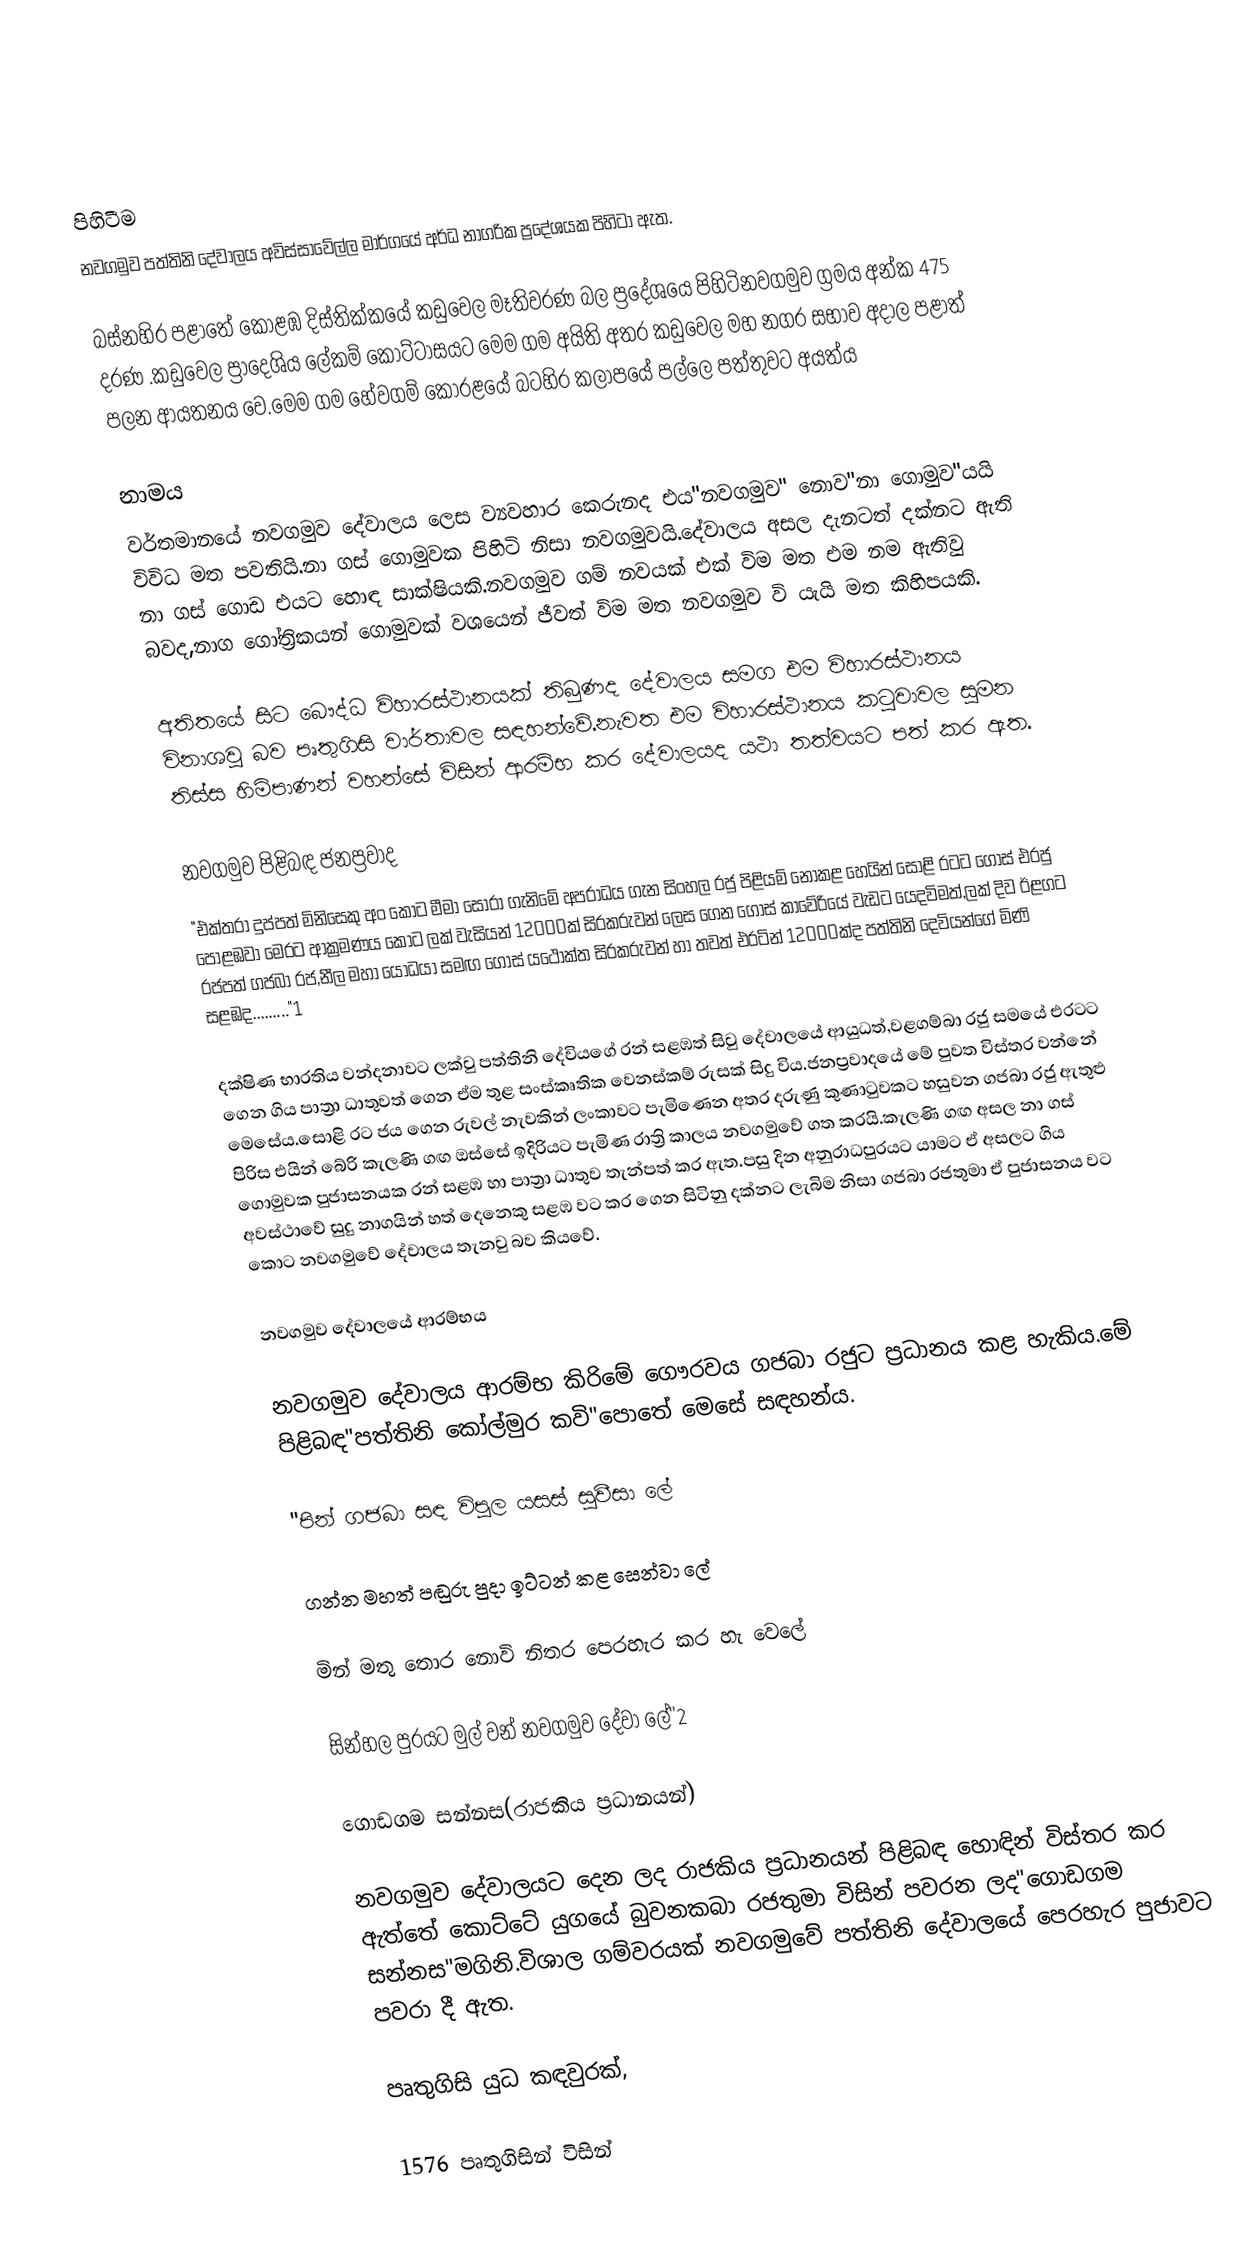

පිහිටීම
නවගමුව පත්තිනි දේවාලය අවිස්සාවේල්ල මාර්ගයේ අර්ධ නාගරික ප්‍රදේශයක පිහිටා ඇත.

බස්නහිර පළාතේ කොළඹ දිස්තික්කයේ කඩුවෙල මෑතිවරණ බල ප්‍රදේශයෙ පිහිටිනවගමුව ග්‍රමය අන්ක 475 දරණ .කඩුවෙල ප්‍රාදෙශිය ලේකම් කොට්ටාසයට මෙම ගම අයිති අතර කඩුවෙල මහ නගර සභාව අදාල පළාත් පලන ආයතනය වෙ.මෙම ගම හේවගම් කෝරළයේ බටහිර කලාපයේ පල්ලෙ පත්තුවට අයත්ය

නාමය
වර්තමානයේ නවගමුව දේවාලය ලෙස ව්‍යවහාර කෙරුනද එය"නවගමුව" නොව"නා ගොමුව"යයි විවිධ මත පවතියි.නා ගස් ගොමුවක පිහිටි නිසා නවගමුවයි.දේවාලය අසල දැනටත් දක්නට ඇති නා ගස් ගොඩ එයට හොඳ සාක්ෂියකි.නවගමුව ගම් නවයක් එක් විම මත එම නම ඇතිවු බවද,නාග ගෝත්‍රිකයන් ගොමුවක් වශයෙන් ජීවත් විම මත නවගමුව වි යැයි මත කිහිපයකි.

අතිතයේ සිට බෞද්ධ විහාරස්ථානයක් තිබුණද දේවාලය සමග එම විහාරස්ථානය විනාශවු බව පෘතුගිසි වාර්තාවල සඳහන්වේ.නැවත එම විහාරස්ථානය කටුවාවල සුමන තිස්ස හිමිපාණන් වහන්සේ විසින් ආරම්භ කර දේවාලයද යථා තත්වයට පත් කර ඇත.

නවගමුව පිළිබඳ ජනප්‍රවාද
"එක්තරා දුප්පත් මිනිසෙකු අං කොට මීමා සොරා ගැනිමේ අපරාධය ගැන සිංහල රජු පිළියම් නොකළ හෙයින් සොළි රටට ගොස් එරජු පොළඹවා මෙරට ආක්‍රමණය කොට ලක් වැසියන් 12000ක් සිරකරුවන් ලෙස ගෙන ගොස් කාවේරියේ වැඩට යෙදවිමත්,ලක් දිව ඊළගට රජපත් ගජබා රජ,නීල මහා යෝධයා සමඟ ගොස් යථොක්ත සිරකරුවන් හා තවත් එරටින් 12000ක්ද පත්තිනි දෙවියන්ගේ මිණි සළඹද........."1

දක්ෂිණ භාරතිය වන්දනාවට ලක්වු පත්තිනි දේවියගේ රන් සළඹත් සිවු දේවාලයේ ආයුධත්,වළගම්බා රජු සමයේ එරටට ගෙන ගිය පාත්‍රා ධාතුවත් ගෙන ඒම තුළ සංස්කෘතික වෙනස්කම් රුසක් සිදු විය.ජනප්‍රවාදයේ මේ පුවත ‍විස්තර වන්නේ මෙසේය.සොළි රට ජය ගෙන රුවල් නැවකින් ලංකාවට පැමිණෙන අතර දරුණු කුණාටුවකට හසුවන ගජබා රජු ඇතුළු පිරිස එයින් බේරි කැලණි ගඟ ඔස්සේ ඉදිරියට පැමිණ රාත්‍රි කාලය නවගමුවේ ගත කරයි.කැලණි ගඟ අසල නා ගස් ගොමුවක පුජාසනයක රන් සළඹ හා පාත්‍රා ධාතුව තැන්පත් කර ඇත.පසු දින අනුරාධපුරයට යාමට ඒ අසලට ගිය අවස්ථාවේ සුදු නාගයින් හත් දෙනෙකු සළඹ වට කර ගෙන සිටිනු දක්නට ලැබිම නිසා ගජබා රජතුමා ඒ පුජාසනය වට කොට නවගමුවේ දේවාලය තැනවු බව කියවේ.

නවගමුව දේවාලයේ ආරම්භය

නවගමුව දේවාලය ආරම්භ කිරිමේ ගෞරවය ගජබා රජුට ප්‍රධානය කළ හැකිය.මේ පිළිබඳ"පත්තිනි කෝල්මුර කවි"පොතේ මෙසේ සඳහන්ය.

"පින් ගජබා සඳ විපුල යසස් සුවීසා		     ලේ

ගන්න මහත් පඬුරු පුදා ඉට්ටන් කළ සෙන්වා	     ලේ

මින් මතු තොර නොවි නිතර පෙරහැර කර හැ       වෙලේ

සින්හල පුරයට මුල් වන් නවගමුව දේවා                 ලේ"2

ගොඩගම සන්නස(රාජකිය ප්‍රධානයන්)

නවගමුව දේවාලයට දෙන ලද රාජකිය ප්‍රධානයන් පිළිබඳ හොඳින් විස්තර කර ඇත්තේ කොට්ටේ යුගයේ බුවනකබා රජතුමා විසින් පවරන ලද"ගොඩගම සන්නස"මගිනි.විශාල ගම්වරයක් නවගමුවේ පත්තිනි දේවාලයේ පෙරහැර පුජාවට පවරා දී ඇත.

පෘතුගිසි යුධ කඳවුරක්,

1576 පෘතුගිසින් විසින්